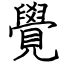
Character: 覺